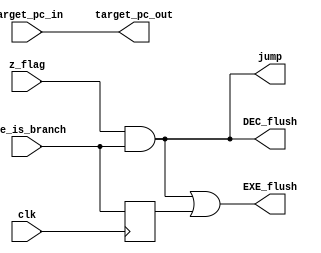
module PCGen(
	input clk,
	input exe_is_branch,           // Shows if instruction in EXE stage is branch
	input z_flag,                  // Shows if branch is taken
	input [31:0] target_pc_in,     // Branch target 
	output jump,                   // Forces Fetch stage to jump to tagrget_pc				
	output [31:0] target_pc_out,   // 
	output EXE_flush,              // Determines if EXE stage must be flushed
	output DEC_flush               // Determines if DEC stage must be flushed
);

	reg EXE_flush_reg;
	always @(posedge clk) begin 
		EXE_flush_reg <= exe_is_branch;         // One-cycle delayed flush for EXE stage
	end

	assign 	jump = z_flag & exe_is_branch;      // Jump to target_pc if branch is taken and intruction in EXE is branch
	assign	EXE_flush = jump | EXE_flush_reg;   // Flush EXE stage for two cycles
	assign	DEC_flush = jump;                   // Flush DEC stage 
	assign	target_pc_out = target_pc_in;       // Pass the target branch calculated in PC to FETCH

endmodule